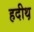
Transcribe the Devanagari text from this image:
हदीथ़